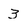
Character: 3